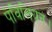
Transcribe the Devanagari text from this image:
पेविलियन।